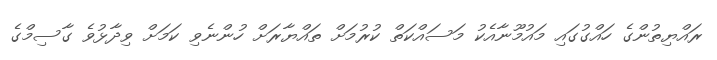
ރައްޔިތުންގެ ހައްގުގައި މައުމޫނާއެކު މަސައްކަތް ކުރުމަށް ތައްޔާރަށް ހުންނެވި ކަމަށް ވިދާޅުވެ ގާސިމްގެ